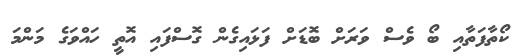
ކޯތާފަތާއި ބޯ ވެސް ވަރަށް ބޮޑަށް ފަޅައިގެން ގޮސްފައި އޮތީ ހައްވަގެ މަންމަ